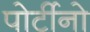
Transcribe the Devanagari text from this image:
पोर्टीनो